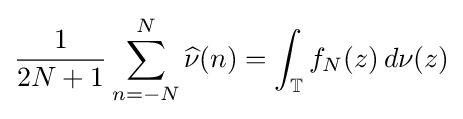
{\frac {1}{2N+1}}\sum _{n=-N}^{N}{\widehat {\nu }}(n)=\int _{\mathbb {T} }f_{N}(z)\,d\nu (z)